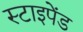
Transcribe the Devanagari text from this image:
स्टाइपेंड